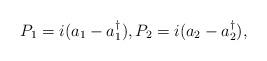
LaTeX: \begin{align*}P_1=i(a_1-a_1^{\dagger}),P_2=i(a_2-a_2^{\dagger}),\end{align*}